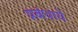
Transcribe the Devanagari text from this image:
प्रबंधाचे